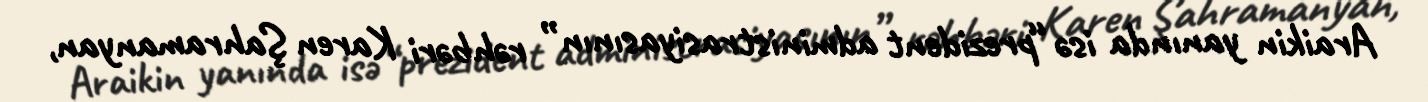
Araikin yanında isə “prezident administrasiyasının” rəhbəri Karen Şahramanyan,